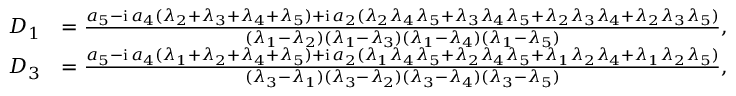
\begin{array} { r l } { D _ { 1 } } & { = \frac { a _ { 5 } - \mathrm { i } \, a _ { 4 } ( \lambda _ { 2 } + \lambda _ { 3 } + \lambda _ { 4 } + \lambda _ { 5 } ) + \mathrm { i } \, a _ { 2 } ( \lambda _ { 2 } \lambda _ { 4 } \lambda _ { 5 } + \lambda _ { 3 } \lambda _ { 4 } \lambda _ { 5 } + \lambda _ { 2 } \lambda _ { 3 } \lambda _ { 4 } + \lambda _ { 2 } \lambda _ { 3 } \lambda _ { 5 } ) } { ( \lambda _ { 1 } - \lambda _ { 2 } ) ( \lambda _ { 1 } - \lambda _ { 3 } ) ( \lambda _ { 1 } - \lambda _ { 4 } ) ( \lambda _ { 1 } - \lambda _ { 5 } ) } , } \\ { D _ { 3 } } & { = \frac { a _ { 5 } - \mathrm { i } \, a _ { 4 } ( \lambda _ { 1 } + \lambda _ { 2 } + \lambda _ { 4 } + \lambda _ { 5 } ) + \mathrm { i } \, a _ { 2 } ( \lambda _ { 1 } \lambda _ { 4 } \lambda _ { 5 } + \lambda _ { 2 } \lambda _ { 4 } \lambda _ { 5 } + \lambda _ { 1 } \lambda _ { 2 } \lambda _ { 4 } + \lambda _ { 1 } \lambda _ { 2 } \lambda _ { 5 } ) } { ( \lambda _ { 3 } - \lambda _ { 1 } ) ( \lambda _ { 3 } - \lambda _ { 2 } ) ( \lambda _ { 3 } - \lambda _ { 4 } ) ( \lambda _ { 3 } - \lambda _ { 5 } ) } , } \end{array}